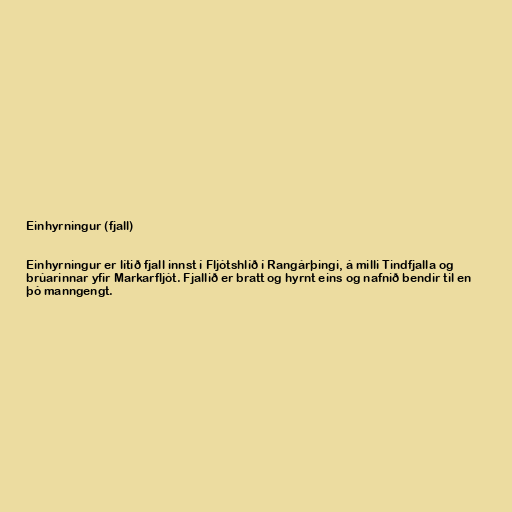
Einhyrningur (fjall)

Einhyrningur er lítið fjall innst í Fljótshlíð í Rangárþingi, á milli Tindfjalla og
brúarinnar yfir Markarfljót. Fjallið er bratt og hyrnt eins og nafnið bendir til en
þó manngengt.